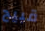
قبيح